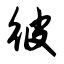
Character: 彼